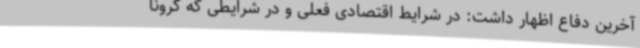
آخرین دفاع اظهار داشت: در شرایط اقتصادی فعلی و در شرایطی که کرونا